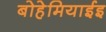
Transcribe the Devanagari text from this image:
बोहेमियाईइ